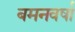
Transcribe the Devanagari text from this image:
बमनवर्षा